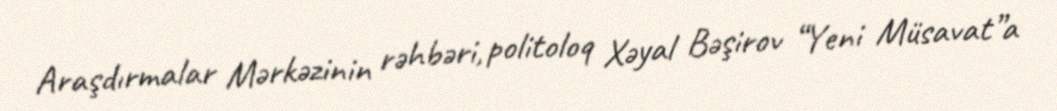
Araşdırmalar Mərkəzinin rəhbəri, politoloq Xəyal Bəşirov “Yeni Müsavat”a